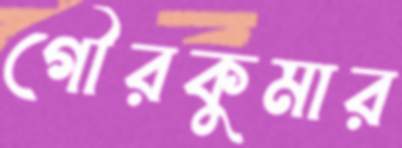
গৌরকুমার